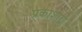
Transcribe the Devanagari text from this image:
प्रकाशाणु